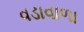
વડાવાળા